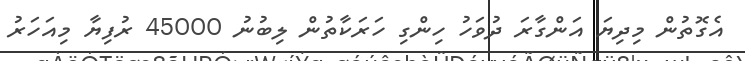
އެގޮތުން މިދިޔަ އަންގާރަ ދުވަހު ހިންގި ހަރަކާތުން ލިބުނު 45000 ރުފިޔާ މިއަހަރު